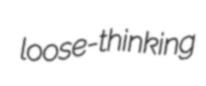
loose-thinking